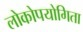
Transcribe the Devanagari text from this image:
लोकोपयोगिता